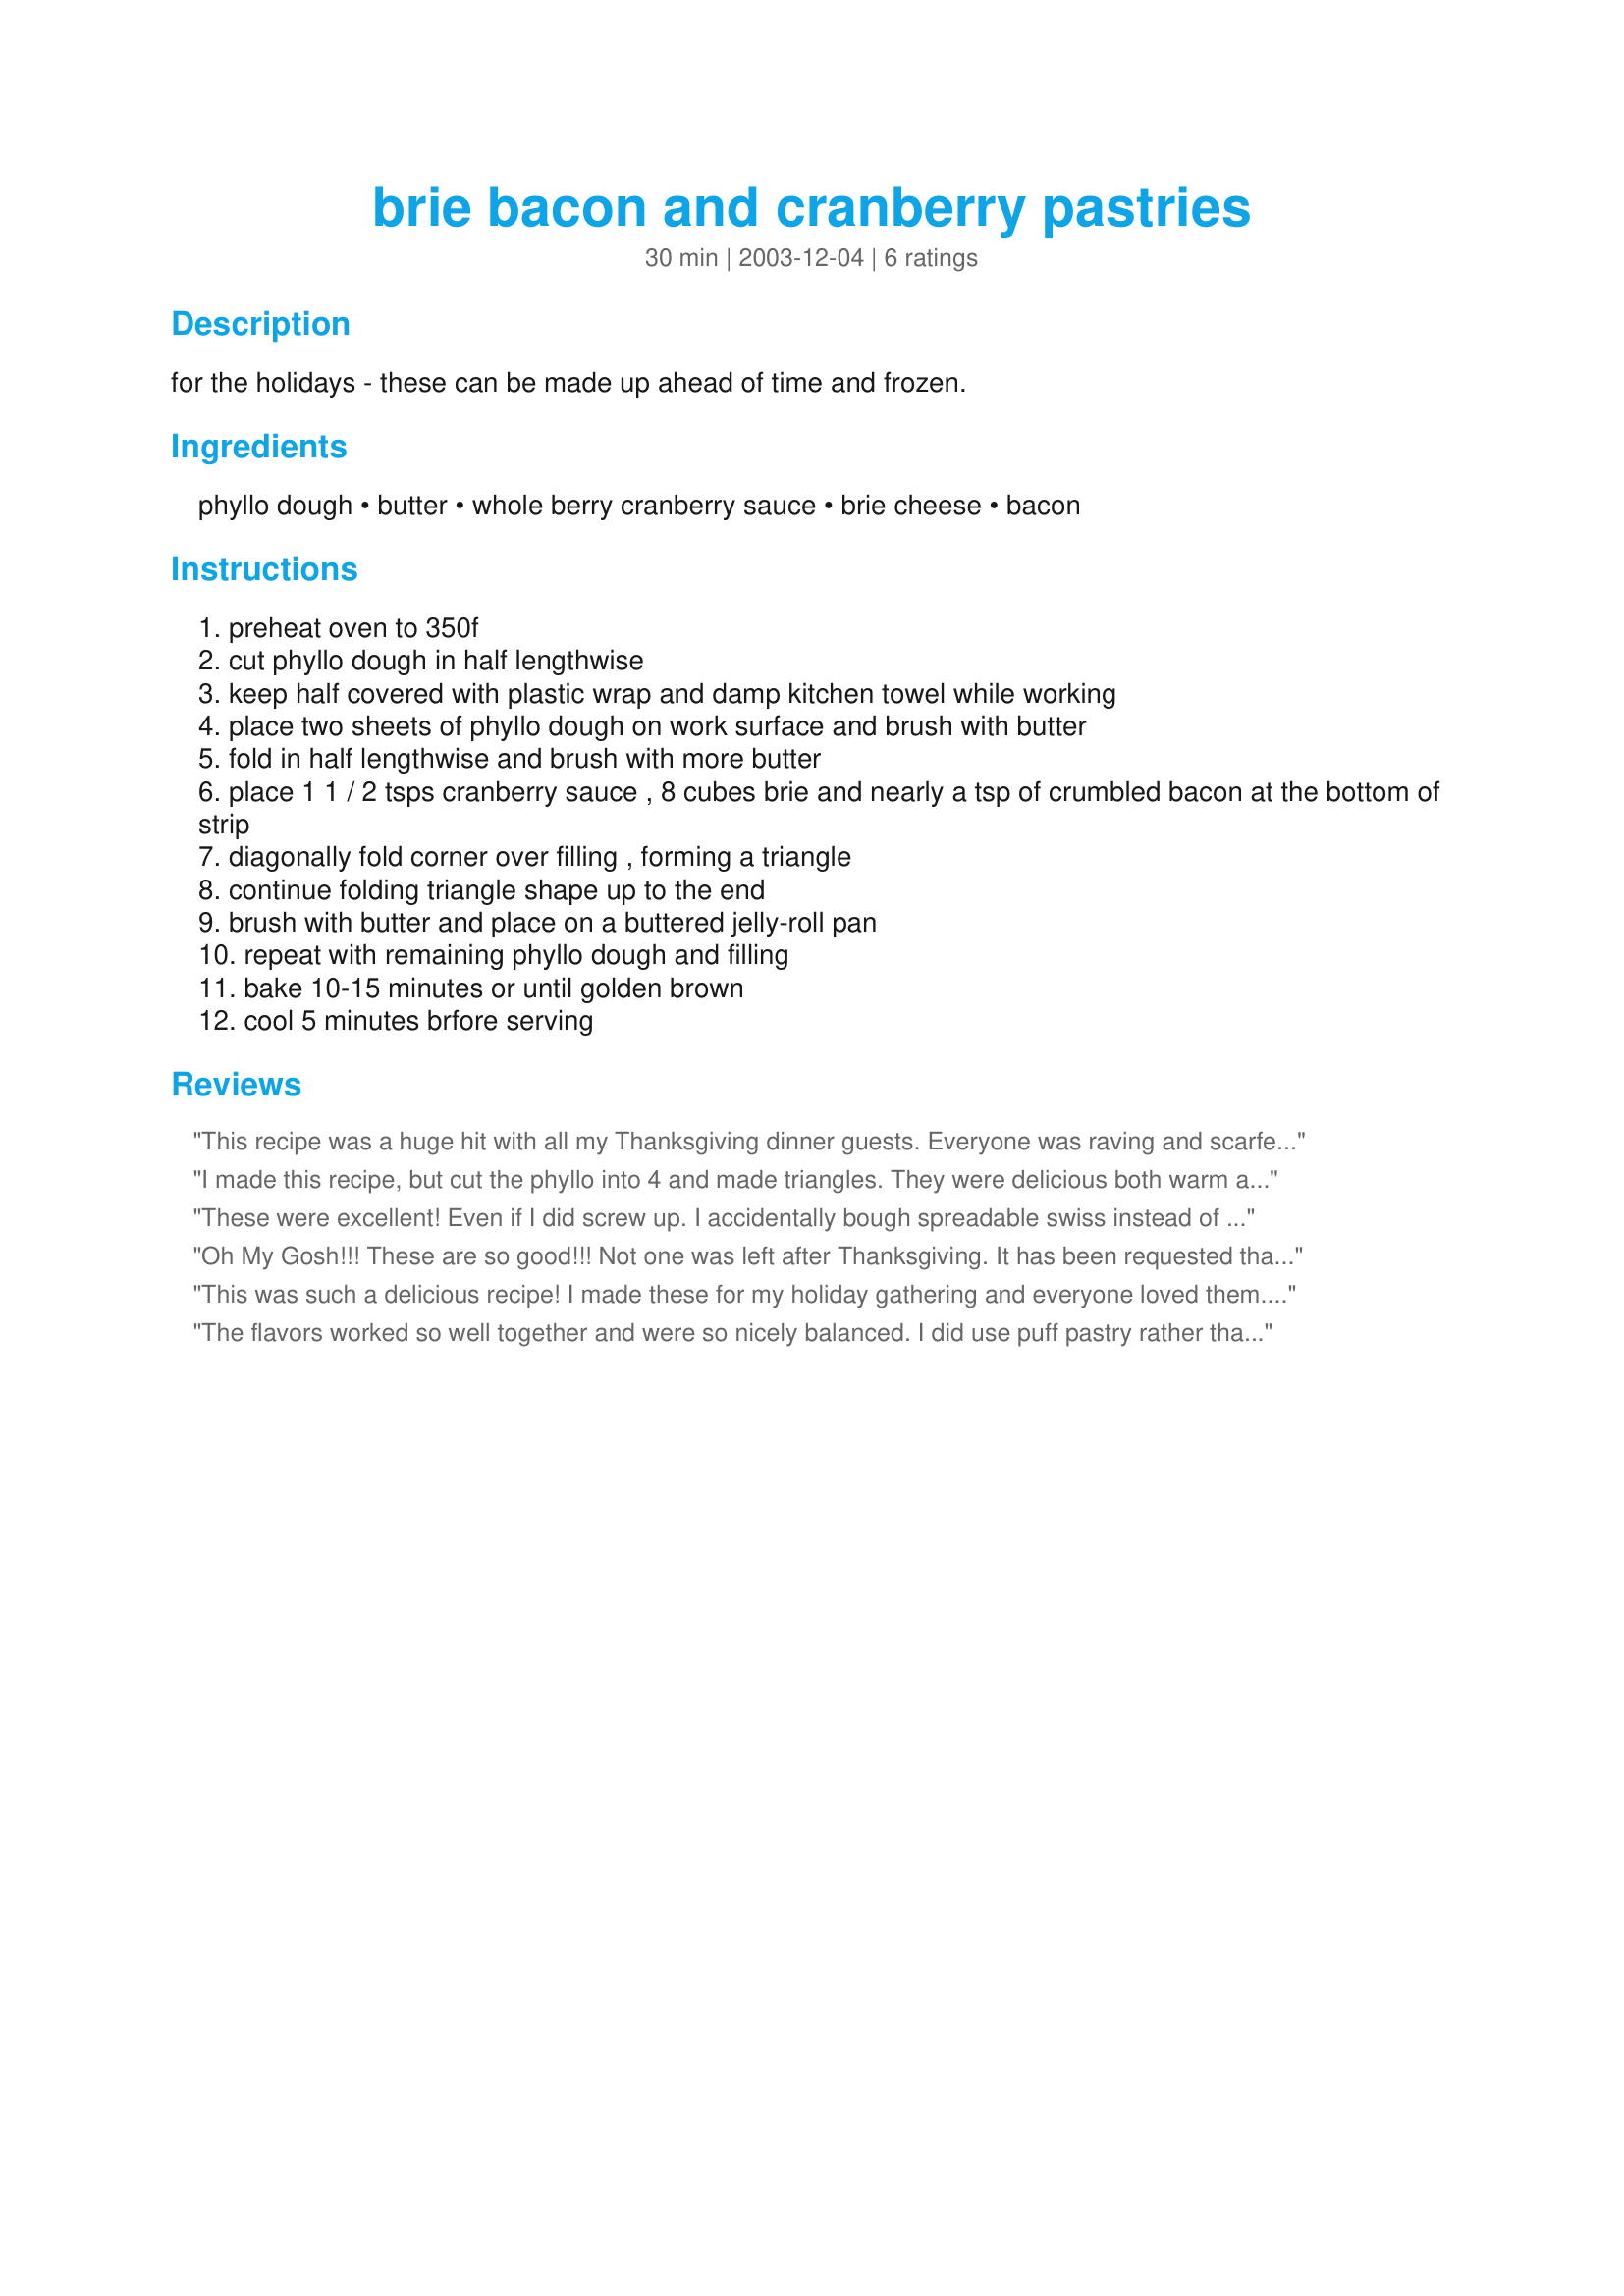
brie bacon and cranberry pastries
Preparation time: 30 minutes

for the holidays - these can be made up ahead of time and frozen.

Ingredients:
phyllo dough, butter, whole berry cranberry sauce, brie cheese, bacon

Steps:
preheat oven to 350f
cut phyllo dough in half lengthwise
keep half covered with plastic wrap and damp kitchen towel while working
place two sheets of phyllo dough on work surface and brush with butter
fold in half lengthwise and brush with more butter
place 1 1 / 2 tsps cranberry sauce , 8 cubes brie and nearly a tsp of crumbled bacon at the bottom of strip
diagonally fold corner over filling , forming a triangle
continue folding triangle shape up to the end
brush with butter and place on a buttered jelly-roll pan
repeat with remaining phyllo dough and filling
bake 10-15 minutes or until golden brown
cool 5 minutes brfore serving

Reviews:
This recipe was a huge hit with all my Thanksgiving dinner guests. Everyone was raving and scarfed up every last bit!<br/><br/>I made mine larger triangles of phyllo because they were easier to fill/work with that way. <br/><br/>The combination of sweet/tart cranberries, salty bacon, creamy brie and crunchy phyllo is absolutely perfect!
I made this recipe, but cut the phyllo into 4 and made triangles. They were delicious both warm and cold. I will definetly be making these again; and experimenting with different cheeses. A great Thanksgiving appy! I am so excited to bring these to tonight's big dinner.
These were excellent! Even if I did screw up. I accidentally bough spreadable swiss instead of brie (the package looked like brie).....so I just went with it. It was very good....I mixed the spreadable swiss with my homemade cranberry chutney, and mixed it with my mixer, then used my cookie dough dropper to put it on the phyllo dough. very impressive, quick, and excellent flavor.
Oh My Gosh!!! These are so good!!! Not one was left after Thanksgiving. It has been requested that I bring them for Christmas noshing at my moms house. I made them exactly as directed and won't change a thing when I make them again this Thursday.
This was such a delicious recipe! I made these for my holiday gathering and everyone loved them. I actually used wanton pastry and using a cookie cutter cut them into medium sized rounds. I baked them in a lightly sprayed mini-muffin tin this gave a sort of flowery croustade appearence. I filled each little flowery cup with brie and bacon topped with a dollop of cranberry sauce and continue to bake until the cups were a golden brown.
I have seen this on the BBC done with Puff pastry and fried, but I enjoyed this much more. Thank you for posting this recipe. This is sure to become a holiday favourite!
The flavors worked so well together and were so nicely balanced. I did use puff pastry rather than phyllo (husband picked up the wrong item on my grocery list) but otherwise followed the recipe. We all agreed though that they tasted much better at room temp than right out of the oven. (6)
